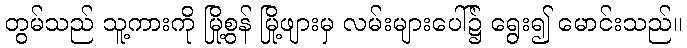
တွမ်သည် သူ့ကားကို မြို့စွန် မြို့ဖျားမှ လမ်းများပေါ်၌ ရွေး၍ မောင်းသည်။